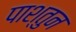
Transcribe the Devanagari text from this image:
पाश्तुन